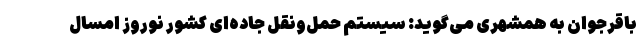
باقرجوان به همشهری می‌گوید: سیستم حمل‌ونقل جاده‌ای کشور نوروز امسال